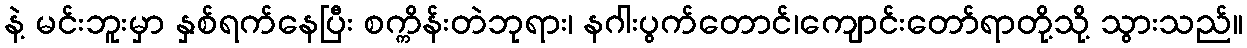
နဲ့ မင်းဘူးမှာ နှစ်ရက်နေပြီး စက္ကိန်းတဲဘုရား၊ နဂါးပွက်တောင်၊ကျောင်းတော်ရာတို့သို့ သွားသည်။